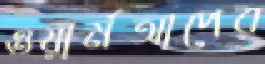
ওয়ার্মআপের